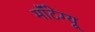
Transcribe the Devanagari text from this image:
मॉंटेग्यू